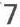
7